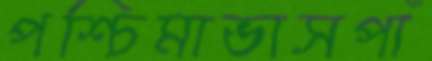
পশ্চিমাভাসপাঁ